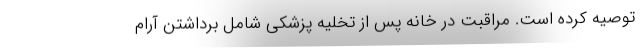
توصیه کرده است. مراقبت در خانه پس از تخلیه پزشکی شامل برداشتن آرام